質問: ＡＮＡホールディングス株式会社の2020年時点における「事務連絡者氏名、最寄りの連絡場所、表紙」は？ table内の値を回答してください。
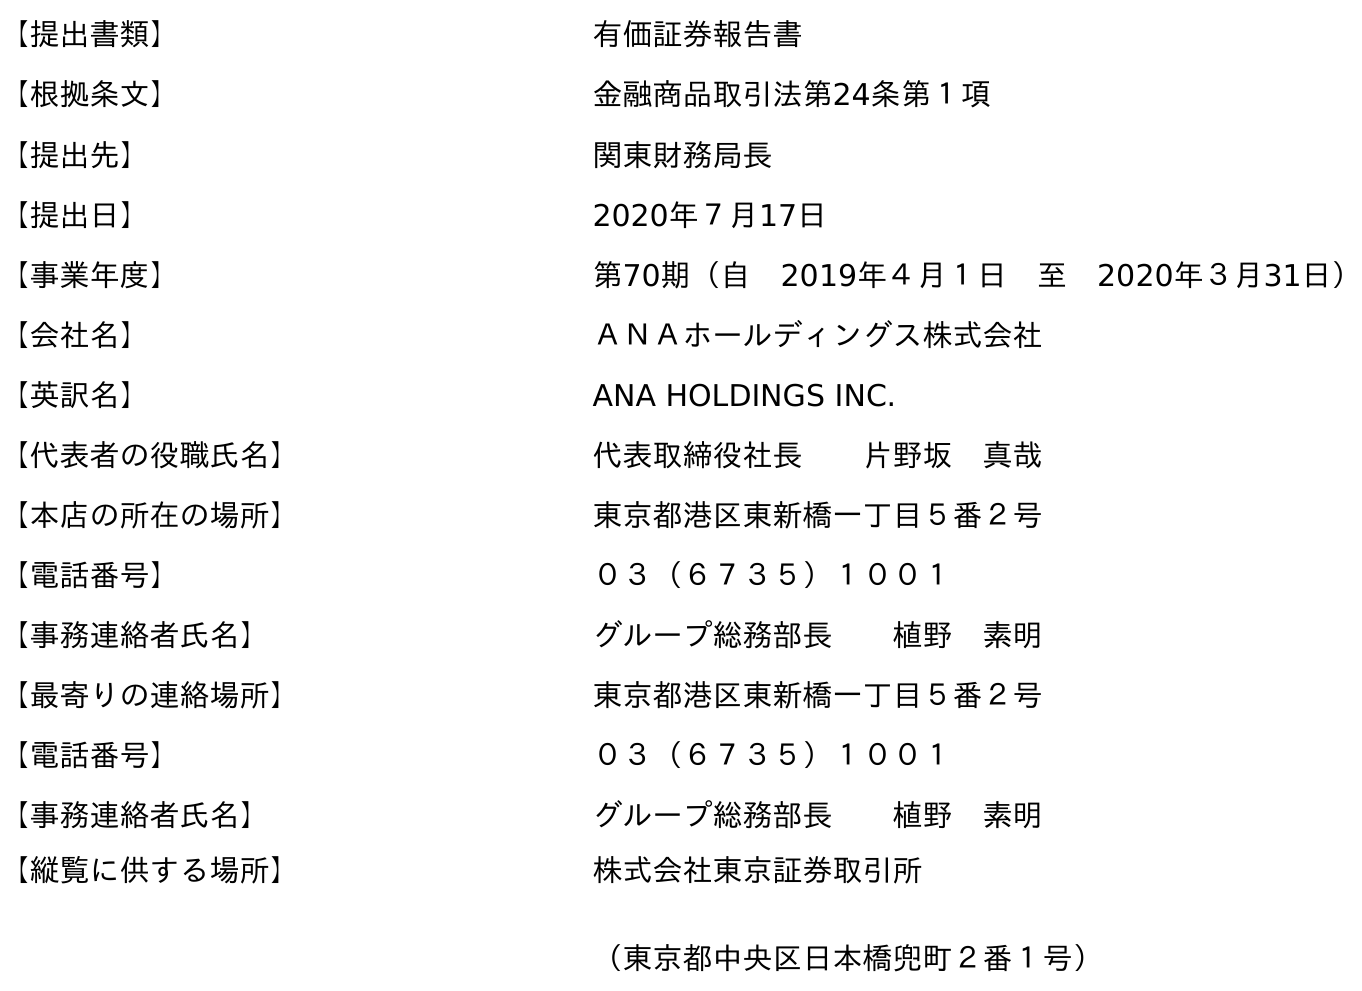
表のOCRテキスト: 【提出書類】 有価証券報告書 【根拠条文】 金融商品取引法第24条第１項 【提出先】 関東財務局長 【提出日】 2020年７月17日 【事業年度】 第70期（自 2019年４月１日 至 2020年３月31日） 【会社名】 ＡＮＡホールディングス株式会社 【英訳名】 ANA HOLDINGS INC. 【代表者の役職氏名】 代表取締役社長  片野坂 真哉 【本店の所在の場所】 東京都港区東新橋一丁目５番２号 【電話番号】 ０３（６７３５）１００１ 【事務連絡者氏名】 グループ総務部長  植野 素明 【最寄りの連絡場所】 東京都港区東新橋一丁目５番２号 【電話番号】 ０３（６７３５）１００１ 【事務連絡者氏名】 グループ総務部長  植野 素明 【縦覧に供する場所】 株式会社東京証券取引所 （東京都中央区日本橋兜町２番１号）
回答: グループ総務部長植野　素明